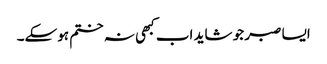
ایسا صبر جو شاید اب کبھی نہ ختم ہوسکے۔